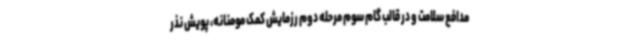
مدافع سلامت و در قالب گام سوم مرحله دوم رزمایش کمک مومنانه، پویش نذر